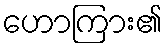
ဟောကြား၏